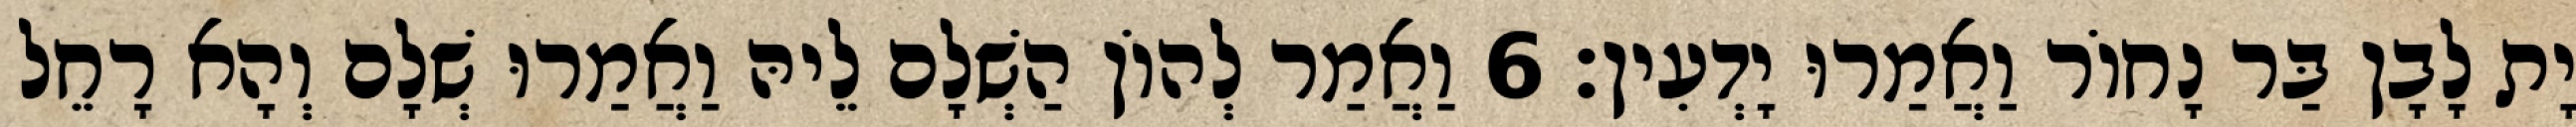
יָת לָבָן בַּר נָחוֹר וַאֲמַרוּ יָדְעִין׃ 6 וַאֲמַר לְהוֹן הַשְׁלָם לֵיהּ וַאֲמַרוּ שְׁלָם וְהָא רָחֵל